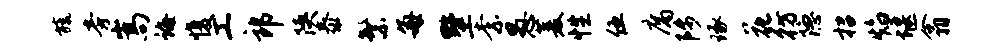
旒旁嵩诲愎工郎陕泰繁每墅柰愚菱性伍腐陟琢花彷隐招焰堰翕